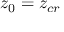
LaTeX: z _ { 0 } = z _ { c r }